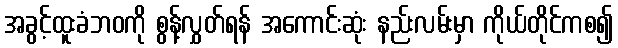
အခွင့်ထူးခံဘဝကို စွန့်လွှတ်ရန် အကောင်းဆုံး နည်းလမ်းမှာ ကိုယ်တိုင်ကစ၍